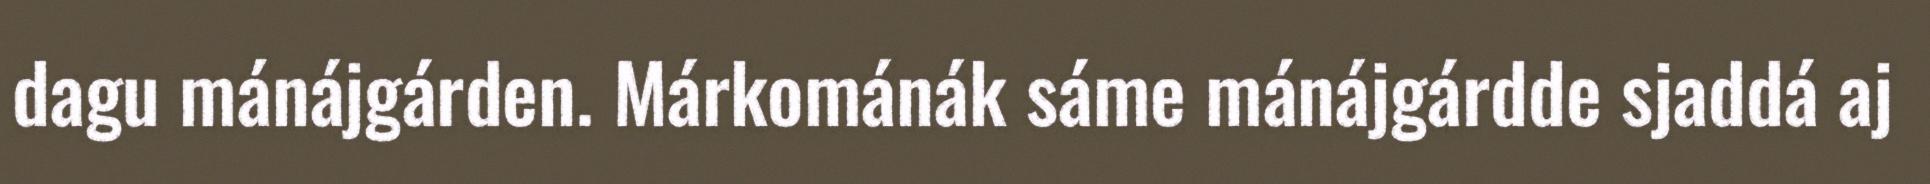
dagu mánájgárden. Márkománák sáme mánájgárdde sjaddá aj